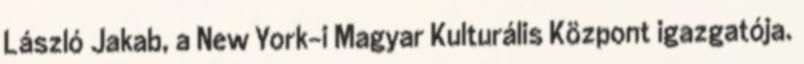
László Jakab, a New York-i Magyar Kulturális Központ igazgatója.